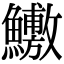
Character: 𬵶